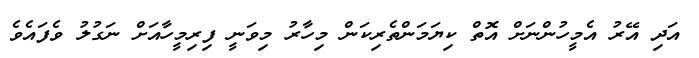
އަދި އޭރު އެމީހުންނަށް އޮތް ކިޔަމަންތެރިކަން މިހާރު މިވަނީ ފިރިމީހާއަށް ނަގުލު ވެފައެވެ